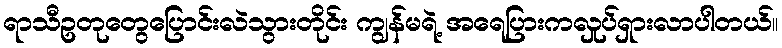
ရာသီဥတုတွေပြောင်းလဲသွားတိုင်း ကျွန်မရဲ့ အရေပြားကလှုပ်ရှားလာပါတယ်။